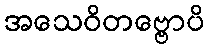
အသေဝိတဗ္ဗောပိ